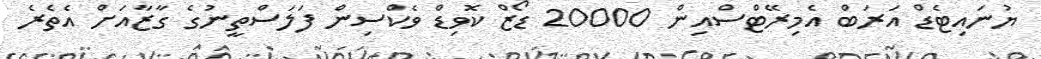
ޔުނައިޓެޑް އަރަބް އެމިރޭޓްސްއިން 20000 ޑޯޒް ކޮވިޑް ވެކްސިން ފަލަސްތީނުގެ ގާޒާއަށް އެތެރެ